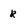
Character: k